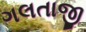
ગલતાજી